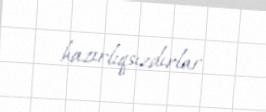
hazırlıqsızdırlar.